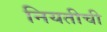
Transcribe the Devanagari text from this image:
नियतीची